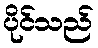
ပိုင်သည်